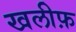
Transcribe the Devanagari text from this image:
खलीफ़